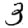
Digit: 3